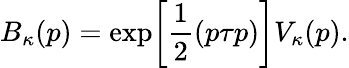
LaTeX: B_{\kappa}(p)=\exp\biggl[\frac{1}{2}(p\tau p)\biggr]V_{\kappa}(p).